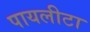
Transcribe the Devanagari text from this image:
पायलीटा